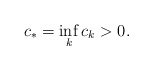
\begin{align*}c_{\ast}=\inf_{k}c_{k}>0. \end{align*}